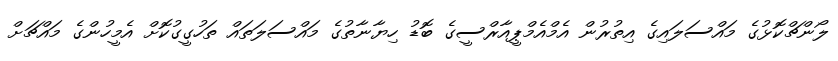
ލޯންޗްކޮޅުގެ މައްސަލައިގެ އިތުރުން އެމްއެމްޕީއާރްސީގެ ބޮޑު ހިޔާނާތުގެ މައްސަލަތައް ތަހުގީގުކޮށް އެމީހުންގެ މައްޗަށް